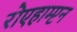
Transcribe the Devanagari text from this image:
रोएहाम्प्टन